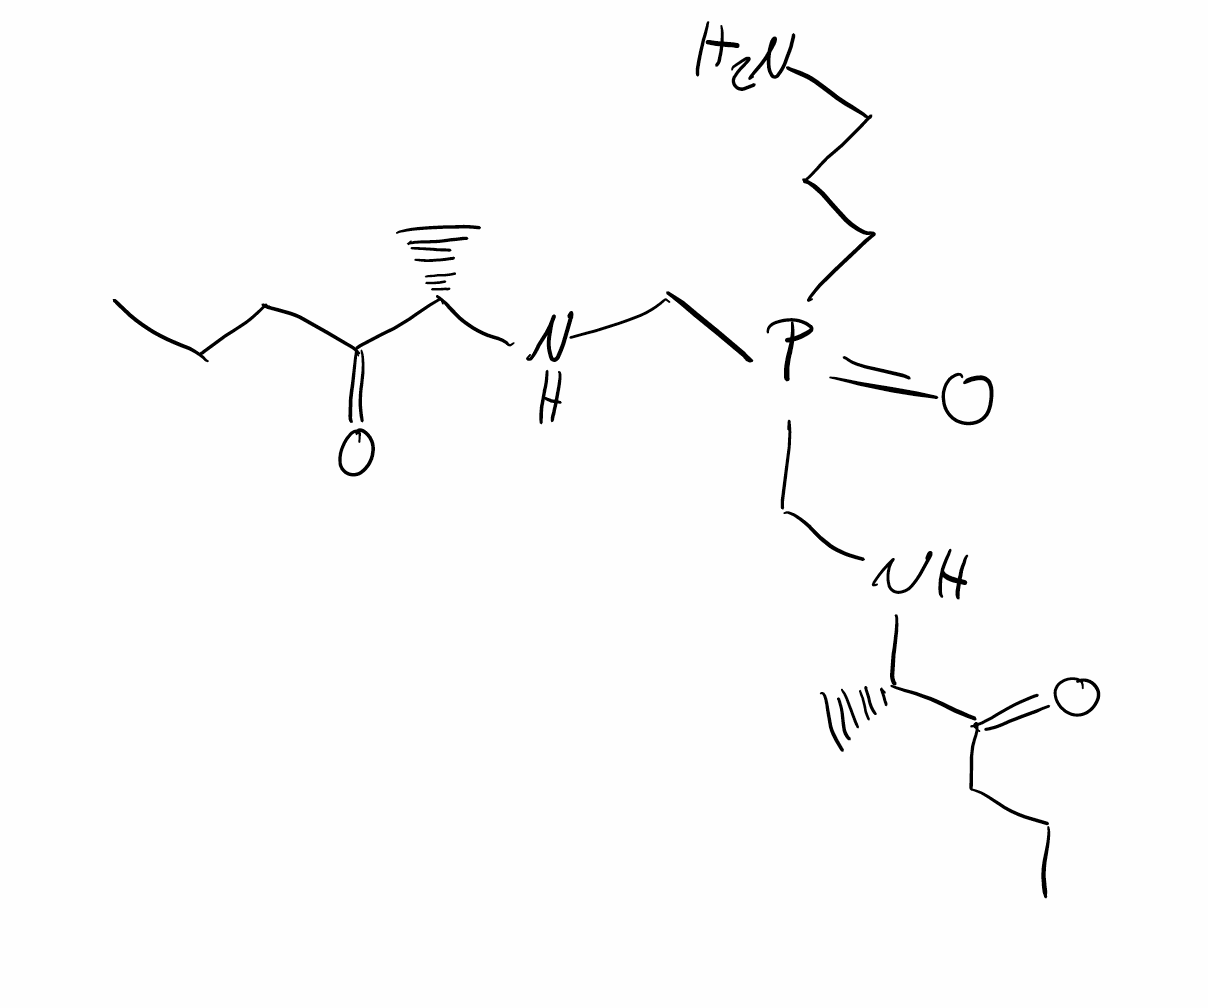
Simplified molecular-input line-entry system (SMILES) notation of the given molecule:
CCCC(=O)[C@H](C)NCP(=O)(CCCN)CN[C@@H](C)C(=O)CCC